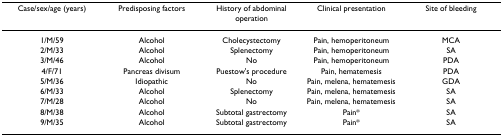
<table><thead><tr><td><b>Case/sex/age (years)</b></td><td><b>Predisposing factors</b></td><td><b>History of abdominal operation</b></td><td><b>Clinical presentation</b></td><td><b>Site of bleeding</b></td></tr></thead><tbody><tr><td>1/M/59</td><td>Alcohol</td><td>Cholecystectomy</td><td>Pain, hemoperitoneum</td><td>MCA</td></tr><tr><td>2/M/33</td><td>Alcohol</td><td>Splenectomy</td><td>Pain, hemoperitoneum</td><td>SA</td></tr><tr><td>3/M/46</td><td>Alcohol</td><td>No</td><td>Pain, hemoperitoneum</td><td>PDA</td></tr><tr><td>4/F/71</td><td>Pancreas divisum</td><td>Puestow&#x27;s procedure</td><td>Pain, hematemesis</td><td>PDA</td></tr><tr><td>5/M/36</td><td>Idiopathic</td><td>No</td><td>Pain, melena, hematemesis</td><td>GDA</td></tr><tr><td>6/M/33</td><td>Alcohol</td><td>Splenectomy</td><td>Pain, melena, hematemesis</td><td>SA</td></tr><tr><td>7/M/28</td><td>Alcohol</td><td>No</td><td>Pain, melena, hematemesis</td><td>SA</td></tr><tr><td>8/M/38</td><td>Alcohol</td><td>Subtotal gastrectomy</td><td>Pain*</td><td>SA</td></tr><tr><td>9/M/35</td><td>Alcohol</td><td>Subtotal gastrectomy</td><td>Pain*</td><td>SA</td></tr></tbody></table>